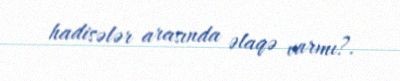
hadisələr arasında əlaqə varmı?.